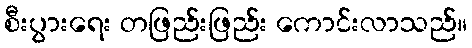
စီးပွားရေး တဖြည်းဖြည်း ကောင်းလာသည်။